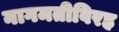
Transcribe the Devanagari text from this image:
नागमतीविरह